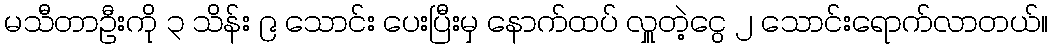
မသီတာဦးကို ၃ သိန်း ၉ သောင်း ပေးပြီးမှ နောက်ထပ် လှူတဲ့ငွေ ၂ သောင်းရောက်လာတယ်။